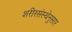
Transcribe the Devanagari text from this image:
शरीरसंस्थेनुसार